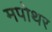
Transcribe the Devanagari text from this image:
मपोथर